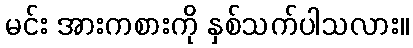
မင်း အားကစားကို နှစ်သက်ပါသလား။